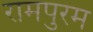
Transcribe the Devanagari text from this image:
रामपुरम